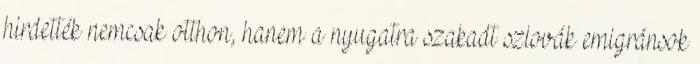
hirdették nemcsak otthon, hanem a nyugatra szakadt szlovák emigránsok